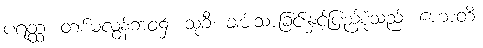
ပရတ္ထ၊ တစ်မလွန်ဘဝ၌။ သုခီ၊ ချမ်းသာခြင်းနှင့်ပြည့်စုံသည်။ ဟောတိ၊